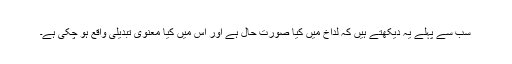
سب سے پہلے یہ دیکھتے ہیں کہ لداخ میں کیا صورت حال ہے اور اس میں کیا معنوی تبدیلی واقع ہو چکی ہے۔